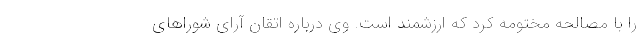
را با مصالحه مختومه کرد که ارزشمند است. وی درباره اتقان آرای شورا‌های